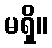
မရှိ။